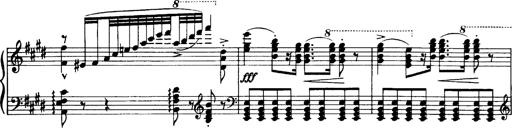
Title: OuvertÃ¼re zu TannhÃ¤user
Composer: Franz Liszt